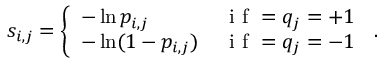
s _ { i , j } = \left\{ \begin{array} { l l } { - \ln p _ { i , j } \, } & { \mathrm { ~ i ~ f ~ } = q _ { j } = + 1 } \\ { - \ln ( 1 - p _ { i , j } ) \, } & { \mathrm { ~ i ~ f ~ } = q _ { j } = - 1 } \end{array} \right. \, .